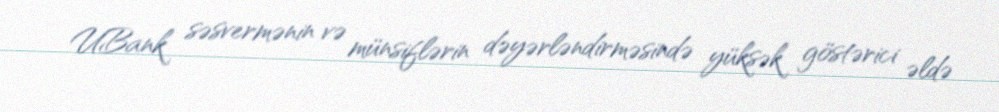
UBank səsvermənin və münsiflərin dəyərləndirməsində yüksək göstərici əldə